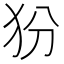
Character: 𰠿